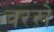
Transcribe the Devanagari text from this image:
चरख़े